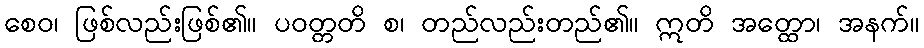
စေဝ၊ ဖြစ်လည်းဖြစ်၏။ ပဝတ္တတိ စ၊ တည်လည်းတည်၏။ ဣတိ အတ္ထော၊ အနက်။